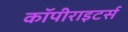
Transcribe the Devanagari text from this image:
कॉपीराइटर्स